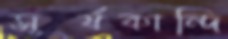
সূর্যকান্দি